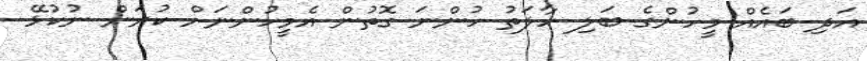
އަދި ބައެއް މީހުންގެ ބަލި ހާލަތު ހުންނަ ގޮތުން އެމީހުންނަށް ކުރަން ނުކުޅޭ